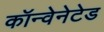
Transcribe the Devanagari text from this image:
कॉन्वेनेटेड